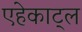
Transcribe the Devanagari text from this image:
एहेकाट्ल